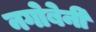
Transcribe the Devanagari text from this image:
नगोबेनी